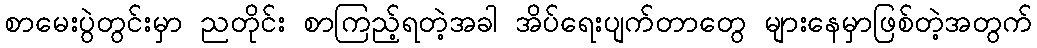
စာမေးပွဲတွင်းမှာ ညတိုင်း စာကြည့်ရတဲ့အခါ အိပ်ရေးပျက်တာတွေ များနေမှာဖြစ်တဲ့အတွက်